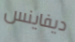
ديفاينس